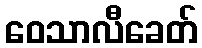
ဝေသာလီခေတ်